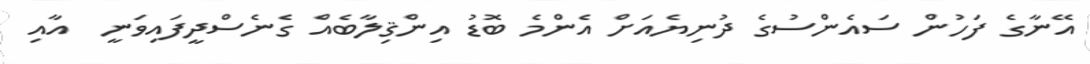
އޭނާގެ ފަހުން ސައެންސުގެ ދުނިޔެއަށް އެންމެ ބޮޑު އިންޤިލާބެއް ގެނެސްދީފައިވަނީ  އާއި